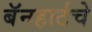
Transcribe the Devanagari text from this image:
बॅनहार्टचे